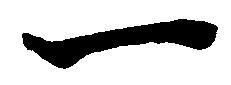
一